Medical and sanitary report of the native army of Bengal for the year
Year: 1875
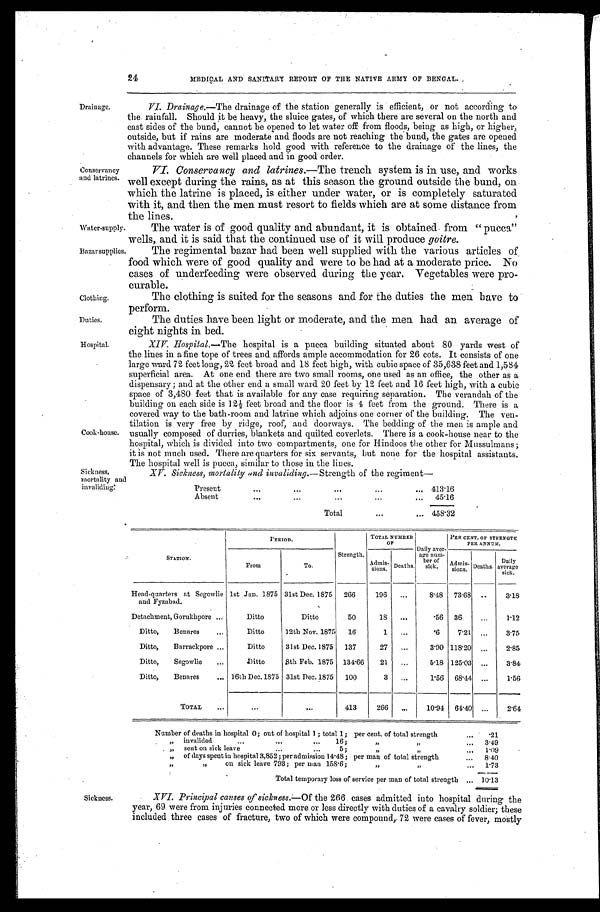
Water-supply.
Bazar supplies.
Clothing.
Duties.
Hospital.
24
MEDICAL AND SANITARY REPORT OF THE NATIVE ARMY OF BENGAL.
Drainage.
Conservancy
and latrines.
VI. Drainage.—The drainage of the station generally is efficient, or not according to
the rainfall. Should it be heavy, the sluice gates, of which there are several on the north and
east sides of the bund, cannot be opened to let water off from floods, being as high, or higher,
outside, but if rains are moderate and floods are not reaching the band, the gates are opened
with advantage. These remarks hold good with reference to the drainage of the lines, the
channels for which are well placed and in good order.
VI. Conservancy and latrines.—The trench system is in use, and works
well except during the rains, as at this season the ground outside the bund, on
which the latrine is placed, is either under water, or is completely saturated
with it, and then the men must resort to fields which are at some distance from
the lines.
The water is of good quality and abundant, it is obtained from "pucca"
wells, and it is said that the continued use of it will produce goitre.
The regimental bazar had been well supplied with the various articles of
food which were of good quality and were to be had at a moderate price. No
cases of underfeeding were observed during the year. Vegetables were pro
-curable.
Cook-house.
The clothing is suited for the seasons and for the duties the men have to
perform.
The duties have been light or moderate, and the men had an average of
eight nights in bed.
XIV. Hospital.— The hospital is a pucca building situated about 80 yards west of
the lines in a fine tope of trees and affords ample accommodation for 26 cots. It consists of one
large ward 72 feet long, 22 feet broad and 18 feet high, with cubic space of 35,638 feet and 1,584
superficial area. At one end there are two small rooms, one used as an office, the other as a
dispensary; and at the other end a small ward 20 feet by 12 feet and 16 feet high, with a cubic
space of 3,480 feet that is available for any case requiring separation. The verandah of the
building on each side is 12½ feet broad and the floor is 4 feet from the ground. There is a
covered way to the bath-room and latrine which adjoins one corner of the building. The ven
-tilation is very free by ridge, roof, and doorways. The bedding of the men is ample and
usually composed of durries, blankets and quilted coverlets. There is a cook-house near to the
hospital, which is divided into two compartments, one for Hindoos the other for Mussulmans ;
it is not much used. There are quarters for six servants, but none for the hospital assistants.
The hospital well is pucca, similar to those in the lines.
Sickness,
mortality and
invaliding.
XV. Sickness, mortality and invaliding.— Strength of the regiment—
Present . . . 413.16
A b s e n t . . .
45.16
Total . . . 458.32
STATION.
PERIOD.
Strength.
TOTAL NUMBER
OF
Daily aver
-age num
-ber of
sick.
PER CENT. OF STRENGTH
PER ANNUM.
From
To.
Admis
-sions. Deaths.
Adm
i s - s i o n s . Deaths.
Daily
average
sick.
Head-quarters at Segowlie
and Fyzabad.
1st Jan. 1875 31st Dec. 1875 266
196
. . .
8.48 73.68 . . .
3.18
Detachment, Gorukhpore . . .
Ditto
Ditto
50
18
. . .
.56 36
. . .
1.12
Ditto,
Benares . . .
Ditto
12th Nov. 1875
16
1
. . .
.6
7.21 . . .
3.75
Ditto,
Barrackpore . . .
Ditto
31st Dec. 1875 137
27
. . .
3.90 118.20 . . .
2.85
Ditto,
Segowlie . . .
Ditto
8th Feb. 1875 134.66
21
. . .
5.18 125.03 . . .
3.84
Ditto,
Benares . . . 16th Dec. 1875 31st Dec. 1875 100
3 . . .
1.56 68.44 . . .
1.56
TOTAL . . .
. . .
. . .
413
266
. . .
10.94 64.40 . . .
2.64
Number of deaths in hospital 0; out of hospital 1 ; total 1; per cent. of total strength . . .
21
" invalided . . .16; " " . . .
3.49
" sent on sick leave . . .5; " " . . .
1.09
" of days spent in hospital 3,852 ; per admission 14.48; per man of total strength . . .
8.40
" " on sick leave 793; per man 158.6; " " . . .
1.73
Total temporary loss of service per man of total strength . . . 10.13
Sickness.
XVI. Principal causes of sickness.— Of the 266 cases admitted into hospital during the
year, 69 were from injuries connected more or less directly with duties of a cavalry soldier; these
included three cases of fracture, two of which were compound, 72 were cases of fever, mostly